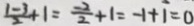
\frac { 1 - 3 } { 2 } + 1 = \frac { - 2 } { 2 } + 1 = - 1 + 1 = 0